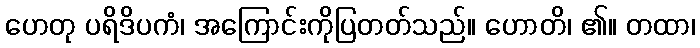
ဟေတု ပရိဒိပကံ၊ အကြောင်းကိုပြတတ်သည်။ ဟောတိ၊ ၏။ တထာ၊